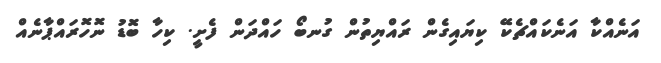
އަނެއްކާ އަނެކައްޗެކޭ ކިޔައިގެން ރައްޔިތުން ގުނބޯ ހައްދަން ފެށީ. ކިހާ ބޮޑު ނޮހޮރައްޕާނެއް